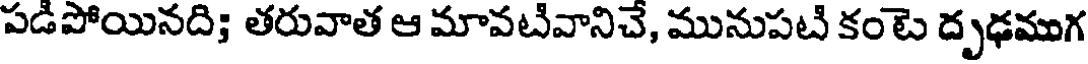
పడిపోయినది; తరువాత ఆ మావటివానిచే, మునుపటి కంటె దృఢముగ